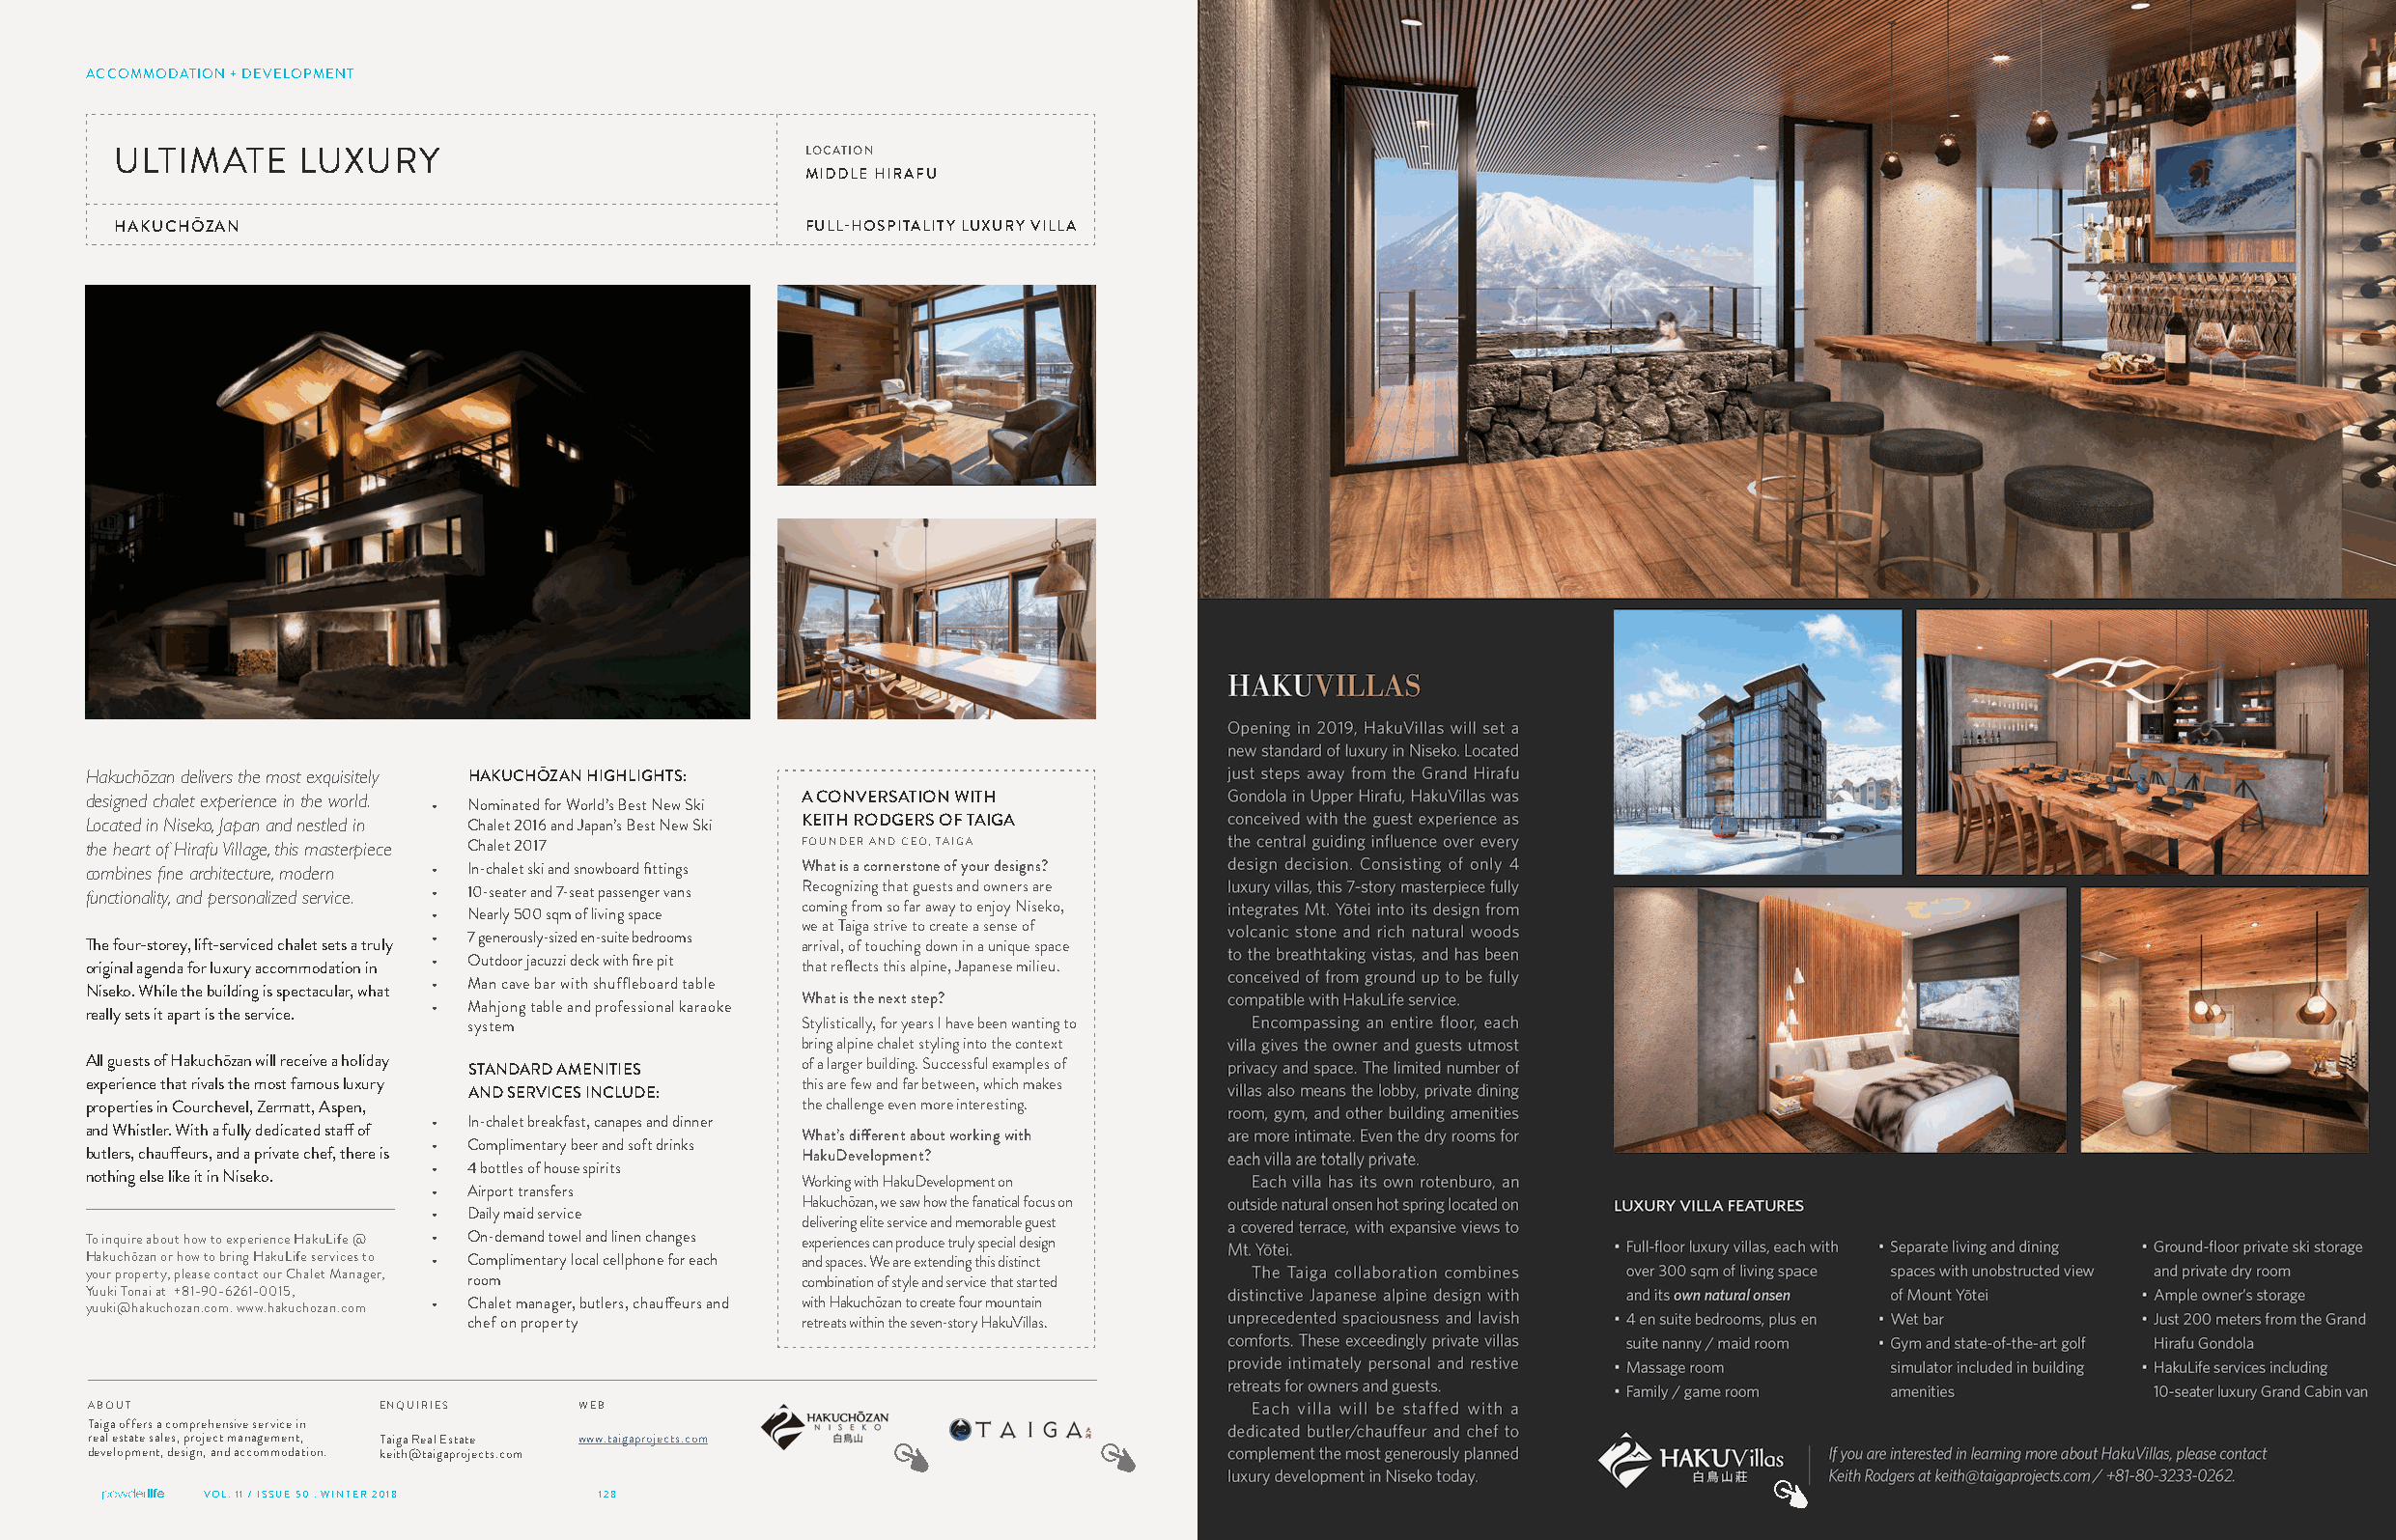
ACCOMMODATION + DEVELOPMENT
 ULTIMATE    LUXURY                             LOCATION
 MIDDLE HIRAFU
 HAKUCHŌZAN                                     FULL-HOSPITALITY LUXURY VILLA
 Hakuchozan delivers the most exquisitely HAKUCHŌZAN HIGHLIGHTS:
 designed chalet experience in the world.         A CONVERSATION WITH
 • Nominated for World’s Best New Ski
 Located in Niseko, Japan and nestled in Chalet 2016 and Japan’s Best New Ski KEITH RODGERS OF TAIGA
 the heart of Hirafu Village, this masterpiece Chalet 2017 FOUNDER AND CEO, TAIGA
 combines fine architecture, modern • In-chalet ski and snowboard fittings What is a cornerstone of your designs?
 functionality, and personalized service. • 10-seater and 7-seat passenger vans Recognizing that guests and owners are
 coming from so far away to enjoy Niseko,
 • Nearly 500 sqm of living space
 we at Taiga strive to create a sense of
 • 7 generously-sized en-suite bedrooms
 The four-storey, lift-serviced chalet sets a truly arrival, of touching down in a unique space
 original agenda for luxury accommodation in • Outdoor jacuzzi deck with fire pit that reflects this alpine, Japanese milieu.
 • Man cave bar with shuffleboard table
 Niseko. While the building is spectacular, what
 What is the next step?
 • Mahjong table and professional karaoke
 really sets it apart is the service.
 system                 Stylistically, for years I have been wanting to
 bring alpine chalet styling into the context
 All guests of Hakuchōzan will receive a holiday STANDARD AMENITIES of a larger building. Successful examples of
 experience that rivals the most famous luxury    this are few and far between, which makes
 AND SERVICES INCLUDE:
 properties in Courchevel, Zermatt, Aspen,        the challenge even more interesting.
 • In-chalet breakfast, canapes and dinner
 and Whistler. With a fully dedicated staff of
 What’s different about working with
 • Complimentary beer and soft drinks
 butlers, chauffeurs, and a private chef, there is HakuDevelopment?
 • 4 bottles of house spirits
 nothing else like it in Niseko.                  Working with HakuDevelopment on
 • Airport transfers
 Hakuchōzan, we saw how the fanatical focus on
 • Daily maid service
 delivering elite service and memorable guest
 To inquire about how to experience HakuLife @ • On-demand towel and linen changes experiences can produce truly special design
 Hakuchōzan or how to bring HakuLife services to • Complimentary local cellphone for each and spaces. We are extending this distinct
 your property, please contact our Chalet Manager, room combination of style and service that started
 Yuuki Tonai at +81-90-6261-0015,
 yuuki@hakuchozan.com. www.hakuchozan.com • Chalet manager, butlers, chauffeurs and with Hakuchōzan to create four mountain
 chef on property       retreats within the seven-story HakuVillas.
 ABOUT               ENQUIRIES     WEB
 Taiga offers a comprehensive service in
 real estate sales, project management, Taiga Real Estate www.taigaprojects.com
 development, design, and accommodation. keith@taigaprojects.com
 VOL. 11 / ISSUE 50 . WINTER 2018 128                                                                        129            VOL. 11 / ISSUE 50 . WINTER 2018